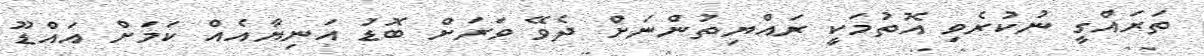
ތަރައްގީ ނުކުރެވި އޮތުމަކީ ރައްޔިތުންނަށް ދެވޭ ވަރަށް ބޮޑު އަނިޔާއެއް ކަމަށް އައްޑޫ